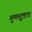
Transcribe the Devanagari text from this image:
गुणसुत्रात